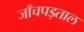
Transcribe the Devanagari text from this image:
जाँचपड़ताल